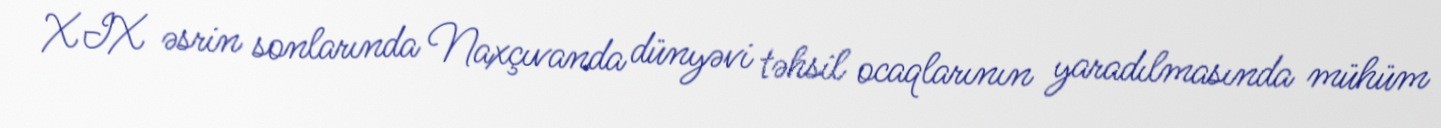
XIX əsrin sonlarında Naxçıvanda dünyəvi təhsil ocaqlarının yaradılmasında mühüm